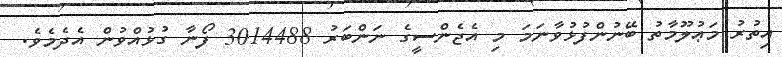
އިތުރު މަޢުލޫމާތު ބޭނުންފުޅުވާނަމަ މި އެޖެންސީގެ ނަންބަރު 3014488 ފޯނާ ގުޅުއްވުން އެދެމެވެ.